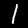
Label: 1